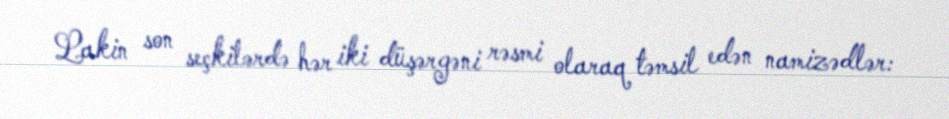
Lakin son seçkilərdə hər iki düşərgəni rəsmi olaraq təmsil edən namizədlər: